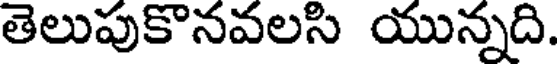
తెలుపుకొనవలసి యున్నది.